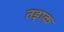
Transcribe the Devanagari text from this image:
तड़ाक